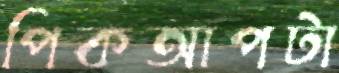
পিকআপটা